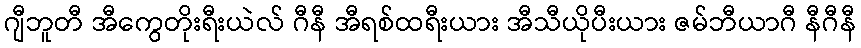
ဂျီဘူတီ အီကွေတိုးရီးယဲလ် ဂီနီ အီရစ်ထရီးယား အီသီယိုပီးယား ဇမ်ဘီယာဂီ နီဂီနီ